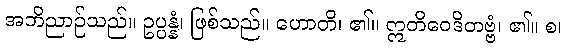
အဘိညာဉ်သည်။ ဥပ္ပန္နံ၊ ဖြစ်သည်။ ဟောတိ၊ ၏။ ဣတိဝေဒိတဗ္ဗံ၊ ၏။ စ၊